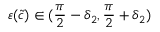
\varepsilon ( \tilde { c } ) \in ( \frac { \pi } { 2 } - \delta _ { 2 } , \frac { \pi } { 2 } + \delta _ { 2 } )